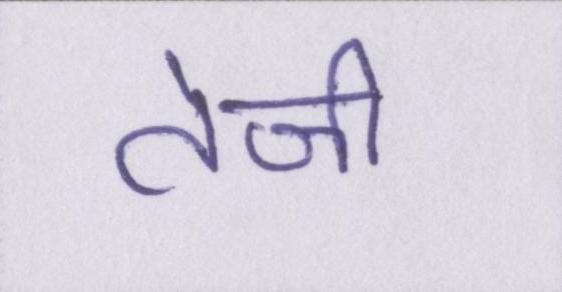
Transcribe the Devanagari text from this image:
तेजी